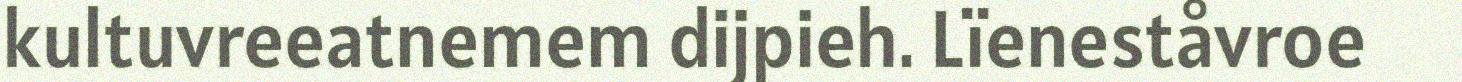
kultuvreeatnemem dijpieh. Lïeneståvroe